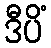
ဒီပိံ